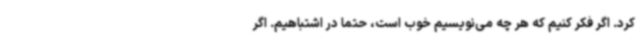
کرد. اگر فکر کنیم که هر چه می‌نویسیم خوب است، حتما در اشتباهیم. اگر